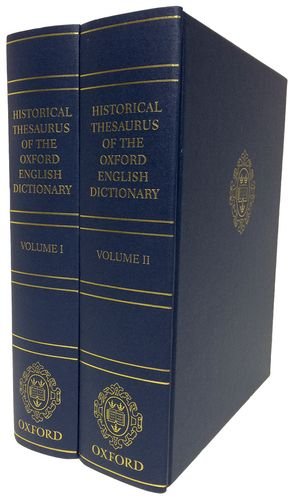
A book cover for Historical Thesaurus of the Oxford English Dictionary - 2 volume set; Reference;